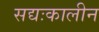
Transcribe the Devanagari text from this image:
सद्यःकालीन